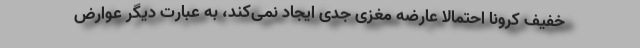
خفیف کرونا احتمالا عارضه مغزی جدی ایجاد نمی‌کند، به عبارت دیگر عوارض